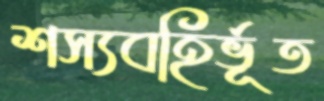
শস্যবহির্ভূত